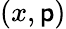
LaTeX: (x,\mathsf{p})